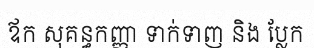
ឪក សុគន្ធកញ្ញា ទាក់ទាញ និង ប្លែក